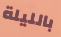
بالليلة